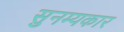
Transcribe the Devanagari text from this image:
सुनम्यकार